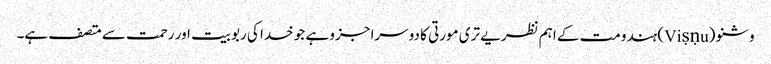
وشنو (Viṣṇu) ہندو مت کے اہم نظریے تری مورتی کا دوسرا جزو ہے جو خدا کی ربوبیت اور رحمت سے متصف ہے۔